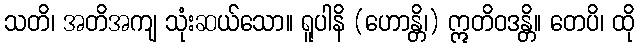
သတိ၊ အတိအကျ သုံးဆယ်သော။ ရူပါနိ (ဟောန္တိ၊) ဣတိဝဒန္တိ။ တေပိ၊ ထို